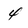
Character: 4